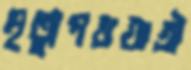
মৃত্যুপথযাত্রী